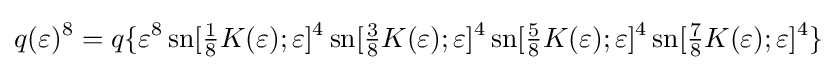
q(\varepsilon )^{8}=q\{\varepsilon ^{8}\operatorname {sn} [{\tfrac {1}{8}}K(\varepsilon );\varepsilon ]^{4}\operatorname {sn} [{\tfrac {3}{8}}K(\varepsilon );\varepsilon ]^{4}\operatorname {sn} [{\tfrac {5}{8}}K(\varepsilon );\varepsilon ]^{4}\operatorname {sn} [{\tfrac {7}{8}}K(\varepsilon );\varepsilon ]^{4}\}